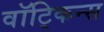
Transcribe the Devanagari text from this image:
वॉट्किन्स